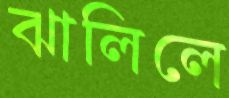
ঝালিলে